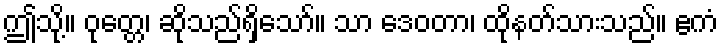
ဤသို့။ ဝုတ္တေ၊ ဆိုသည်ရှိသော်။ သာ ဒေဝတာ၊ ထိုနတ်သားသည်။ ဧကံ